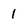
Character: 1